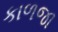
કાળજા